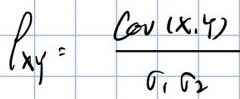
\[
\rho_{XY} = \frac{\mathrm{Cov}(X,Y)}{\sigma_{1}\sigma_{2}}
\]